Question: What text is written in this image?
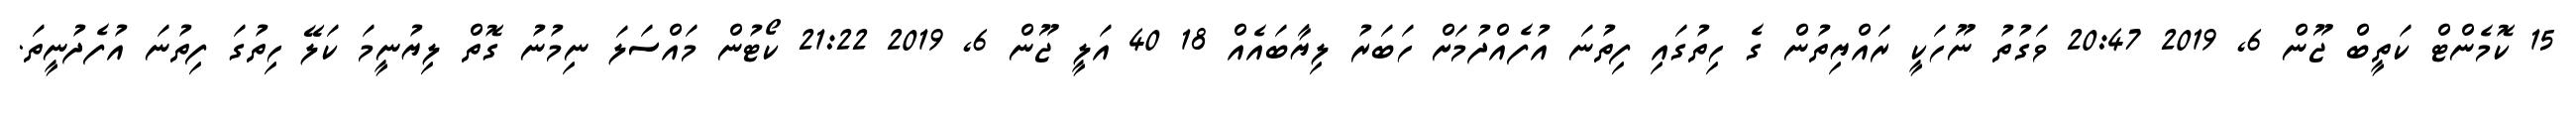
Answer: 15 ކޮމެންޓް ކަތީބް ޖޫން 6, 2019 20:47 ވަގުތު ނޫހަކީ ރައްޔިތުން ގެ ހިތުގައި ފިތުނަ އުފެއްދުމަށް ހަބަރު ލިޔާބައެއް 18 40 އަލީ ޖޫން 6, 2019 21:22 ކޯޓުން މައްސަލަ ނިމުނު ގޮތް ލިޔުނީމަ ކަލޭ ހިތުގަ ފިތުނަ އުފެދުނީތަ.